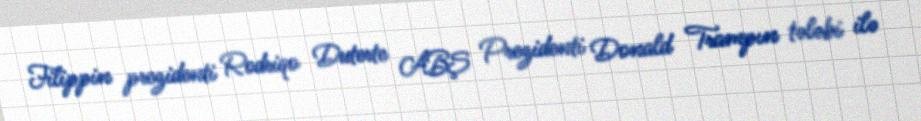
Filippin prezidenti Rodriqo Duterte ABŞ Prezidenti Donald Trampın tələbi ilə